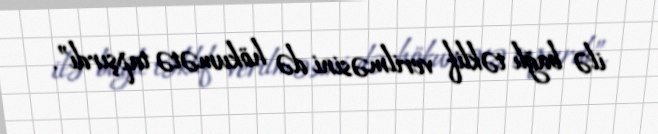
ilə bağlı təklif verilməsini də hökumətə tapşırdı”.